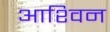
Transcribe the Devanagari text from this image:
आश्‍विन